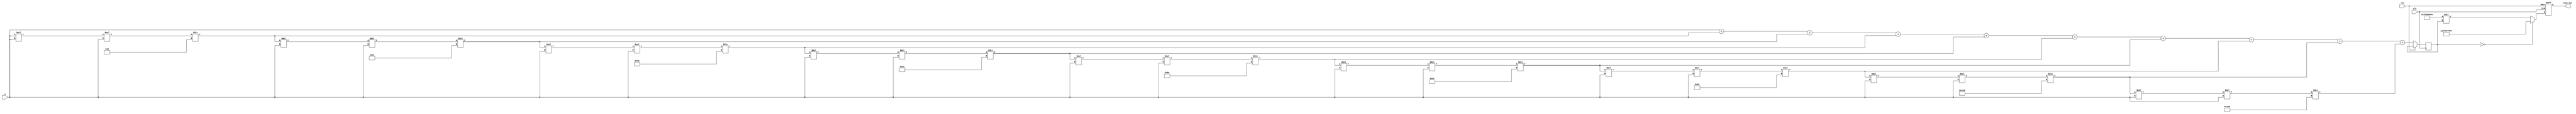
module hyperbolic_cosecant (
    input wire [31:0] x,          // Input signal (floating-point)
    output reg [31:0] csch_out,   // Output signal (floating-point)
    input wire clk,                // Clock signal
    input wire rst                 // Reset signal
);

    // Internal signals
    reg [31:0] sinh_out;           // Output of sinh(x)
    reg valid;                     // Valid signal for output
    wire [31:0] reciprocal;        // Reciprocal of sinh(x)

    // Function to calculate sinh(x) using Taylor series
    function [31:0] sinh;
        input [31:0] x;
        reg [31:0] term;
        reg [31:0] sum;
        integer i;
        begin
            sum = x; // First term x
            term = x; // Initialize term for the series
            for (i = 1; i < 10; i = i + 1) begin // 10 terms for approximation
                term = (term * x * x) / (2 * i * (2 * i + 1)); // x^(2n+1)/(2n+1)!
                sum = sum + term;
            end
            sinh = sum;
        end
    endfunction

    // Reciprocal calculation (1/sinh(x))
    function [31:0] reciprocal_calc;
        input [31:0] value;
        begin
            if (value == 32'h00000000) begin
                reciprocal_calc = 32'hFFFFFFFF; // Handle division by zero (return NaN or max value)
            end else begin
                reciprocal_calc = (32'h3F800000 / value); // Simple division for 1/value
            end
        end
    endfunction

    // Main computation block
    always @(posedge clk or posedge rst) begin
        if (rst) begin
            csch_out <= 32'h00000000; // Reset output
            valid <= 0;
        end else begin
            sinh_out <= sinh(x); // Calculate sinh(x)
            csch_out <= reciprocal_calc(sinh_out); // Calculate csch(x) = 1/sinh(x)
            valid <= 1; // Indicate valid output
        end
    end

endmodule